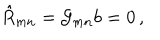
\hat { R } _ { m n } = { \cal G } _ { m n } b = 0 \, ,